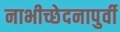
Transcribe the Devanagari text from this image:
नाभीच्छेदनापुर्वी